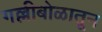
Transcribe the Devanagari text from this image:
गल्लीबोळातून